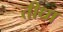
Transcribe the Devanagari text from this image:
तीधा